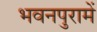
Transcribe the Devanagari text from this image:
भवनपुरामें